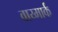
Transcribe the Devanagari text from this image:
वाय्मार्क